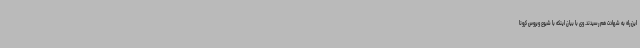
این راه به شهادت هم رسیدند. وی با بیان اینکه با شیوع ویروس کرونا